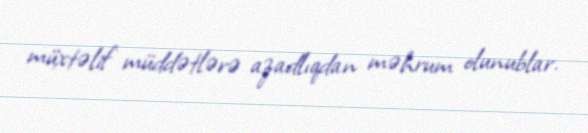
müxtəlif müddətlərə azadlıqdan məhrum olunublar.